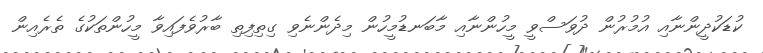
ކުޑަކުދީންނާއި އުމުރުން ދުވަސްވީ މީހުންނާއި މާބަނޑުމީހުން މިދެންނެވި ގިތިފިތި ބާރުވެފައިވާ މީހުންތަކުގެ ތެރެއިން